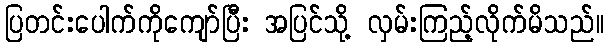
ပြတင်းပေါက်ကိုကျော်ပြီး အပြင်သို့ လှမ်းကြည့်လိုက်မိသည်။